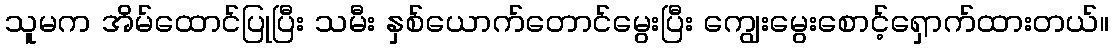
သူမက အိမ်ထောင်ပြုပြီး သမီး နှစ်ယောက်တောင်မွေးပြီး ကျွေးမွေးစောင့်ရှောက်ထားတယ်။